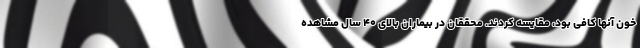
خون آنها کافی بود، مقایسه کردند. محققان در بیماران بالای ۴۰ سال مشاهده